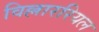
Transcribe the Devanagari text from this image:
विल्लाररियल